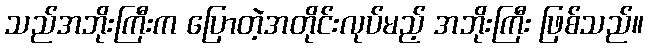
သည်အဘိုးကြီးက ပြောတဲ့အတိုင်းလုပ်မည့် အဘိုးကြီး ဖြစ်သည်။